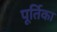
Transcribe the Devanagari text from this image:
पूर्तिका